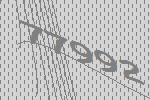
77992